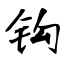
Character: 钩